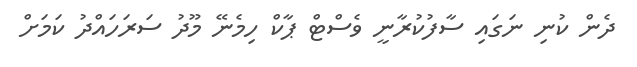
ދެން ކުނި ނަގައި ސާފުކުރާނީ ވެސްޓް ޕާކް ހިމެނޭ މޫދު ސަރަހައްދު ކަމަށް